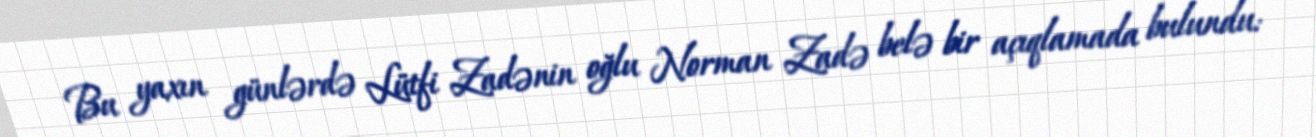
Bu yaxın günlərdə Lütfi Zadənin oğlu Norman Zadə belə bir açıqlamada bulundu: